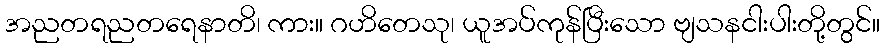
အညတရညတရေနာတိ၊ ကား။ ဂဟိတေသု၊ ယူအပ်ကုန်ပြီးသော ဗျသနငါးပါးတို့တွင်။